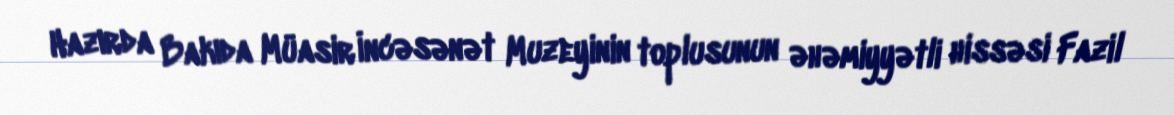
Hazırda Bakıda Müasir İncəsənət Muzeyinin toplusunun əhəmiyyətli hissəsi Fazil